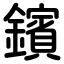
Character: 鑌